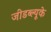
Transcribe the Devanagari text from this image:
जीडब्ल्यूके